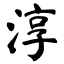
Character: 淳